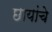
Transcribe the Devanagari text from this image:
छायांचे